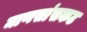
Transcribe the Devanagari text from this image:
माणसांसकट